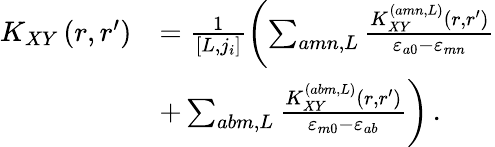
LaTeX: \begin{array}{rl}{K_{XY}\left(r,r^{\prime}\right)}&{=\frac{1}{\left[L,j_{i}\right]}\left(\sum_{amn,L}\frac{K_{XY}^{\left(amn,L\right)}\left(r,r^{\prime}\right)}{\varepsilon_{a0}-\varepsilon_{mn}}\right.}\\ &{+\left.\sum_{abm,L}\frac{K_{XY}^{\left(abm,L\right)}\left(r,r^{\prime}\right)}{\varepsilon_{m0}-\varepsilon_{ab}}\right)\, .}\end{array}